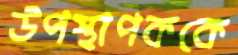
উপস্থাপককে